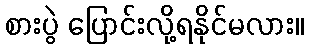
စားပွဲ ပြောင်းလို့ရနိုင်မလား။